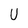
Character: U